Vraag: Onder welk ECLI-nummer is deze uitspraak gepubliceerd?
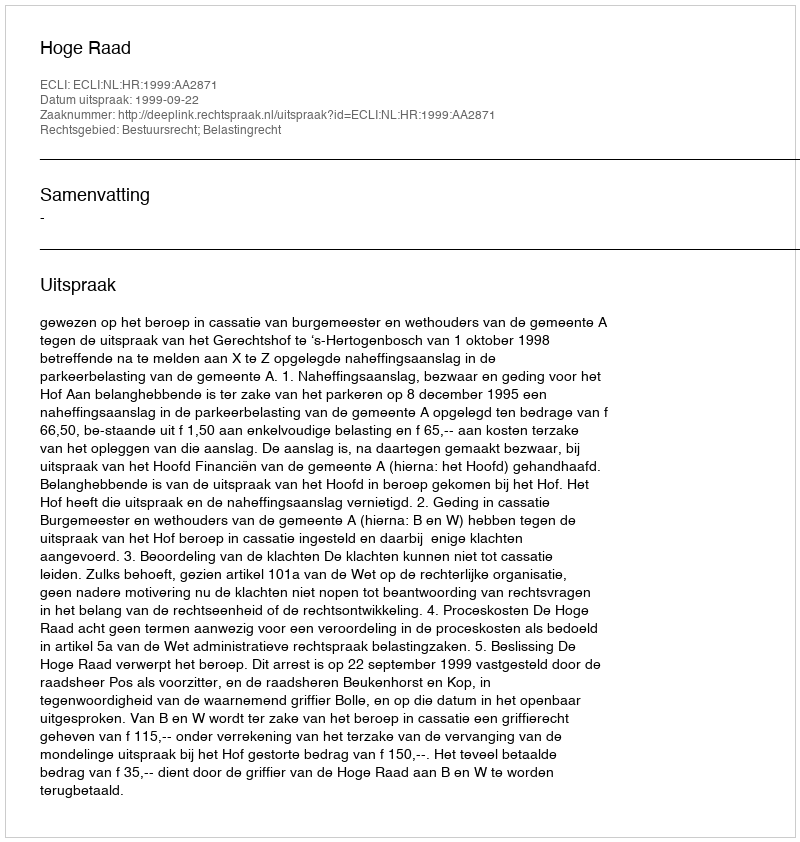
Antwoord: ECLI:NL:HR:1999:AA2871